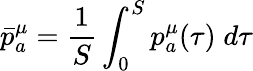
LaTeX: \bar{p}_{a}^{\mu}=\frac{1}{S}\int_{0}^{S}p_{a}^{\mu}(\tau)\; d\tau